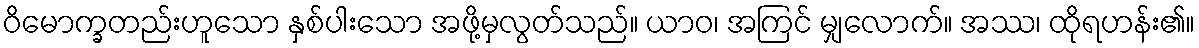
ဝိမောက္ခတည်းဟူသော နှစ်ပါးသော အဖို့မှလွတ်သည်။ ယာဝ၊ အကြင် မျှလောက်။ အဿ၊ ထိုရဟန်း၏။